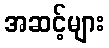
အဆင့်များ